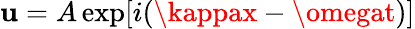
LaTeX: \mathbf{u}=A\exp[i(\kappax-\omegat)]